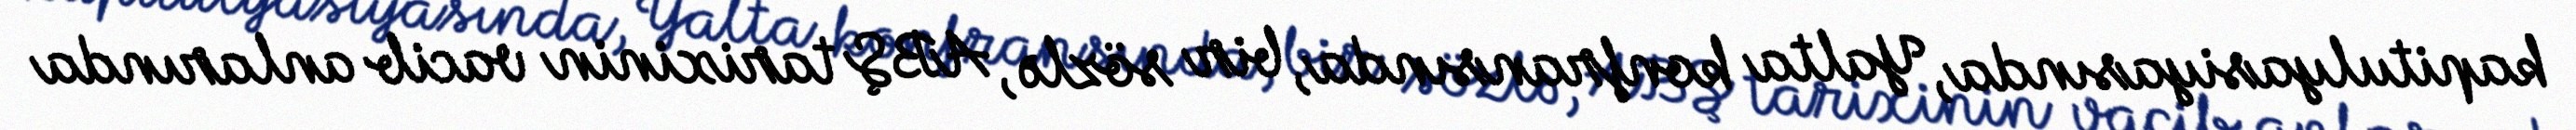
kapitulyasiyasında, Yalta konfransında, bir sözlə, ABŞ tarixinin vacib anlarında